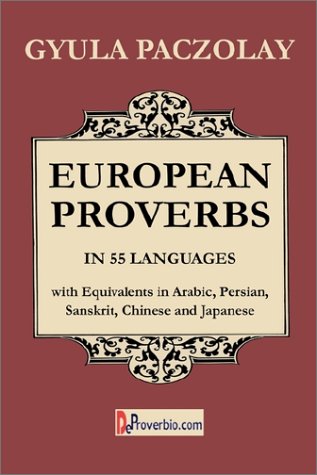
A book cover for European Proverbs in 55 Languages with Equivalents in Arabic, Persian, Sanskrit, Chinese and Japanese; Gyula Paczolay; Literature & Fiction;